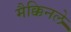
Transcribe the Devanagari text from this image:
मैक्किनले